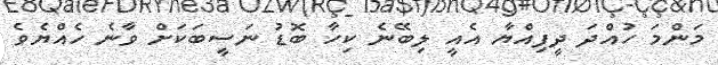
މަންމަ ހުއްދަ ދީފިއްޔާ އެއީ ލިބޭނެ ކިހާ ބޮޑު ނަސީބަކަށް ވާނެ ހެއްޔެވެ